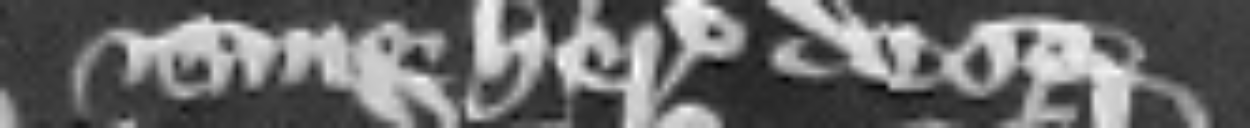
sine herede de se